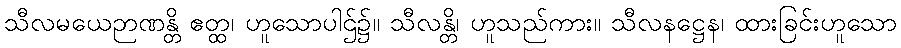
သီလမယေဉာဏန္တိ ဧတ္ထ၊ ဟူသောပါဌ်၌။ သီလန္တိ၊ ဟူသည်ကား။ သီလနဋ္ဌေန၊ ထားခြင်းဟူသော